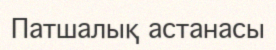
Патшалық астанасы